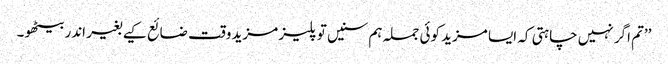
’’تم اگر نہیں چاہتی کہ ایسا مزید کوئی جملہ ہم سنیں تو پلیز مزید وقت ضائع کیے بغیر اندر بیٹھو۔